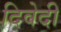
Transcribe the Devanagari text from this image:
दिवेदी